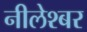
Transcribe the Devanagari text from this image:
नीलेश्बर